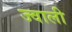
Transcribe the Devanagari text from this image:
ज्वाली